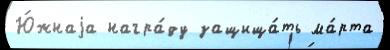
Ю́жнаjа награ́ду защища́ть ма́рта